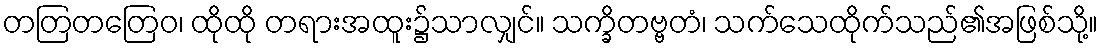
တတြတတြေဝ၊ ထိုထို တရားအထူး၌သာလျှင်။ သက္ခိတဗ္ဗတံ၊ သက်သေထိုက်သည်၏အဖြစ်သို့။